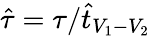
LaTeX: \hat{\tau}=\tau/\hat{t}_{V_{1}-V_{2}}